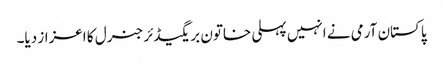
پاکستان آرمی نے انہیں پہلی خاتون بریگیڈئر جنرل کا اعزاز دیا۔